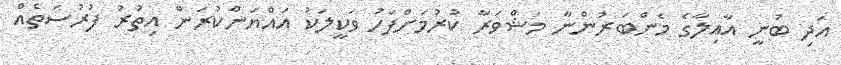
އަދި ބުނީ އާއިލާގެ މެންބަރުންނާ މަޝްވަރާ ކުރުމަށްފަހު ވަކީލަކު އައްޔަންކުރަން އިތުރު ފުރުސަތެއް